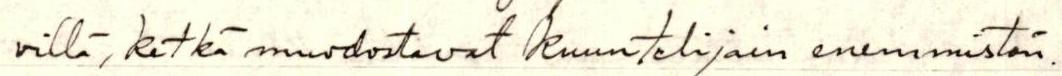
villä, ketkä muodostavat kuuntelijain enemmistön.